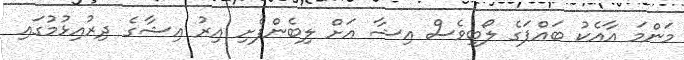
މަންމަ އާއެކު ބައްޕަގެ ލޯބިވެސް އިޝާ އަށް ލިބެންފެށި އިރު އިޝާގެ ދިރުއިޅުމުގައި